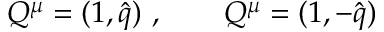
Q ^ { \mu } = ( 1 , \hat { q } ) \ , \qquad Q ^ { \mu } = ( 1 , - \hat { q } )